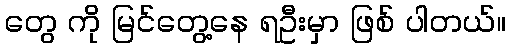
တွေ ကို မြင်တွေ့နေ ရဦးမှာ ဖြစ် ပါတယ်။